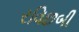
રવિછબી